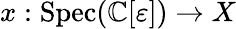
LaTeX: x:{\mathrm{Spec}}(\mathbb{C}[\varepsilon])\to X